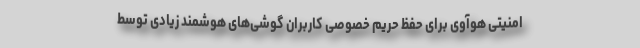
امنیتی هوآوی برای حفظ حریم خصوصی کاربران گوشی‌های هوشمند زیادی توسط